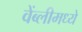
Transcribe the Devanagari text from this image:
वेंब्लीमध्ये